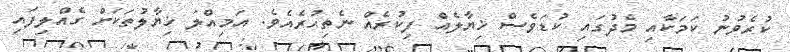
ކުރެވުނު ކަމަކާއި މެދުގައި ކުޑަވެސް ޚިޔާލެއް ފިކުރެއް ނެތިހުރެއެވެ. އަމިއްލަ ޚިޔާލުތަކަށް ގެއްލިފައި